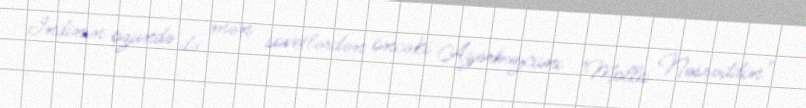
İndinin özündə də mən sovetlərdən öncəki Azərbaycanı "Molla Nəsrəddin"